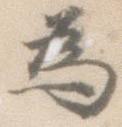
為